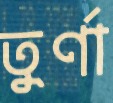
তুর্ণা